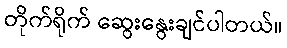
တိုက်ရိုက် ဆွေးနွေးချင်ပါတယ်။